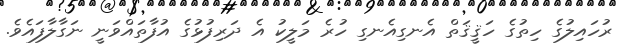
ރުހައިލުގެ ހިތުގެ ހަޤީޤަތް އެނގިއެނގި ހުރެ މަލީކު އެ ދަރިފުޅުގެ އުފާތައްވަނީ ނަގާލާފައެވެ.